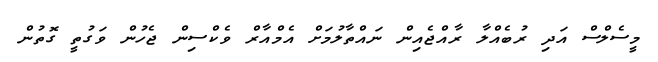
މީސެލްސް އަދި ރުބެއްލާ ރާއްޖެއިން ނައްތާލުމަށް އެމްއާރް ވެކްސިން ޖެހުން ވަގުތީ ގޮތުން